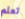
تعلم